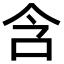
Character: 含